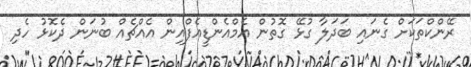
ރޭންކްތަކަށް ގެނައި ބަދަލާ ގުޅޭ ގޮތުން އެމްއެންޑީއެފްއިން އެއްޗެއް ބުނަން ދެކޮޅު ހެދި